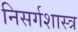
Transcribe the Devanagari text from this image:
निसर्गशास्त्र